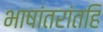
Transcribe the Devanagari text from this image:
भाषांतरांतहि